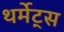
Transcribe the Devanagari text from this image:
थर्मेट्स